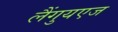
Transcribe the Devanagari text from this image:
लैंगुयएज